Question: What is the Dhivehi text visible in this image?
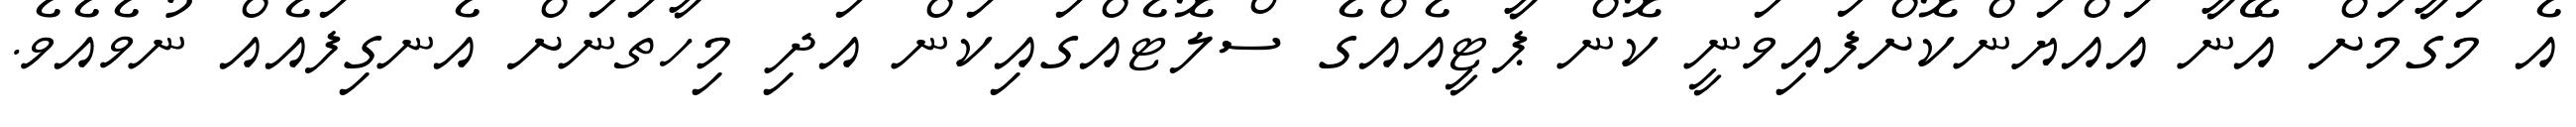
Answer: އެ މަގާމަށް އޭނާ އައްޔަންކޮށްފައިވަނީ ކޮން ޕާޓީއެއްގެ ސްލޮޓެއްގައިކަން އަދި މިހާތަނަށް އެނގިފައެއް ނުވެއެވެ.